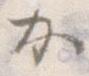
か